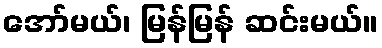
အော်မယ်၊ မြန်မြန် ဆင်းမယ်။